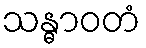
သန္ဓာဝတံ